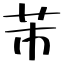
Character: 芾